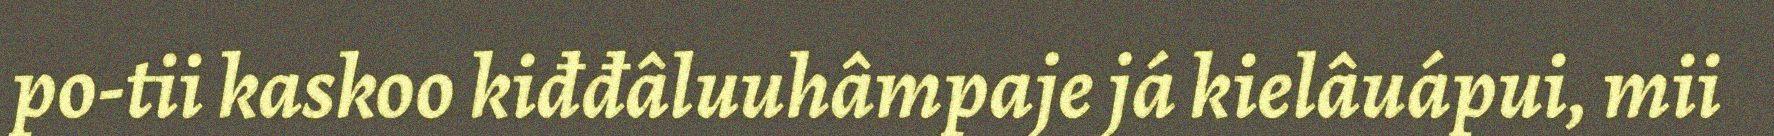
po-tii kaskoo kiđđâluuhâmpaje já kielâuápui, mii